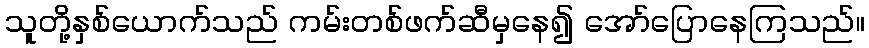
သူတို့နှစ်ယောက်သည် ကမ်းတစ်ဖက်ဆီမှနေ၍ အော်ပြောနေကြသည်။